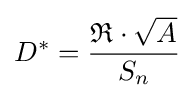
D^{*}={\frac {{\mathfrak {R}}\cdot {\sqrt {A}}}{S_{n}}}